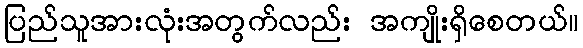
ပြည်သူအားလုံးအတွက်လည်း အကျိုးရှိစေတယ်။